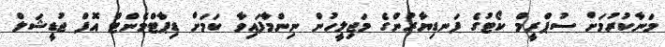
މަނާކުރުމަށް ސުޕްރީމް ކޯޓުގެ ފަނޑިޔާރުންގެ މަޖިލީހުން ނިންމާފައިވާ ކަމަށް ޑިޕާޓްމެންޓް އޮފް ޖުޑީޝަލް